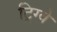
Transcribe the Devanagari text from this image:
ट्रिग्वे